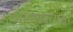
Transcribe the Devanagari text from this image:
भगवन्ताचा